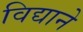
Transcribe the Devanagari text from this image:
विद्याने